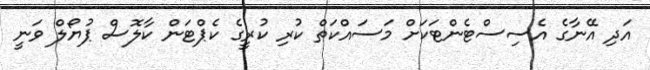
އަދި އޭނާގެ އެސިސްޓެންޓަކަށް މަސައްކަތް ކުރި ކުރީގެ ކެޕްޓަން ކާލޮސް ޕުޔޯލް ވަނީ